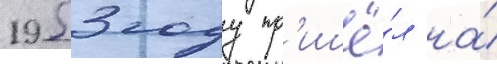
1953 году пр'ишё́л на́